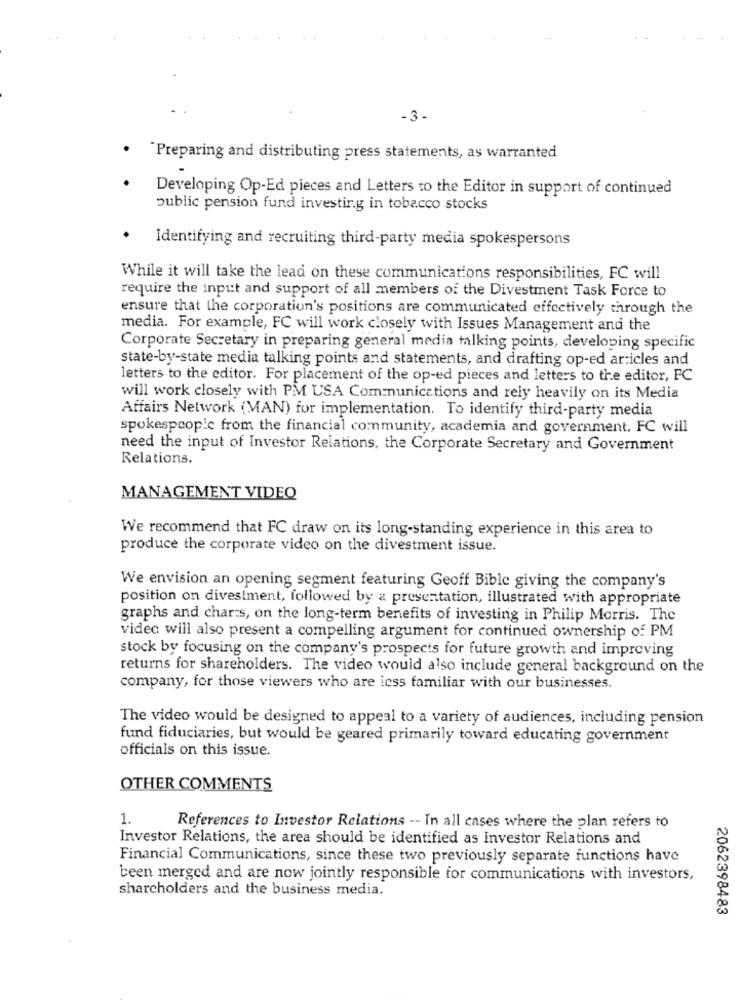
-3-
"Preparing and distributing press statements, as warranted
Developing Op-Ed pieces and Letters to the Editor in support of continued
public pension fund investing in tobacco stocks
Identifying and recruiting third-party media spokespersons
While it will take the lead on these communications responsibilities, FC will
require the input and support of all members of the Divestment Task Force to
ensure that the corporation's positions are communicated effectively through the
media. For example, FC will work closely with Issues Management and the
Corporate Secretary in preparing general media talking points, developing specific
state-by-state media talking points and statements, and drafting op-ed articles and
letters to the editor. For placement of the op-ed pieces and letters to the editor, FC
will work closely with PM USA Communications and rely heavily on its Media
Affairs Network (MAN) for implementation. To identify third-party media
spokespcopic from the financial community, academia and government, FC will
need the input of Investor Relations, the Corporate Secretary and Government
Relations.
MANAGEMENT VIDEO
We recommend that FC draw on its long-standing experience in this area to
produce the corporate video on the divestment issue.
We envision an opening segment featuring Geoff Bible giving the company's
position on divestment, followed by a presentation, illustrated with appropriate
graphs and charts, on the long-term benefits of investing in Philip Morris. The
video will also present a compelling argument for continued ownership of PM
stock by focusing on the company's prospects for future growth and improving
returns for shareholders. The video would also include general background on the
company, for those viewers who are icss familiar with our businesses.
The video would be designed to appeal to a variety of audiences, including pension
fund fiduciaries, but would be geared primarily toward educating government
officials on this issue.
OTHER COMMENTS
1.
References to Investor Relations -- In all cases where the plan refers to
Investor Relations, the area should be identified as Investor Relations and
Financial Communications, since these two previously separate functions have
been merged and are now jointly responsible for communications with investors,
sharcholders and the business media.
2062398483